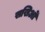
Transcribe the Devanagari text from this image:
सखिओं